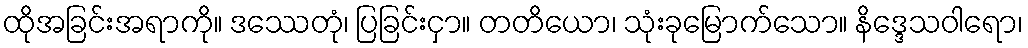
ထိုအခြင်းအရာကို။ ဒဿေတုံ၊ ပြခြင်းငှာ။ တတိယော၊ သုံးခုမြောက်သော။ နိဒ္ဒေသဝါရော၊